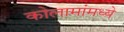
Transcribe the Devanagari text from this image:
कोलामांमध्ये